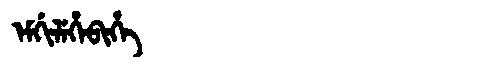
Manchu: ᡝᠮᡤᡳᠯᡝᡥᡝᠪᡳᡥᡝ
Romanization: EMGILEHEBIHE